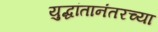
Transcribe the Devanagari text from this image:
युद्धांतानंतरच्या